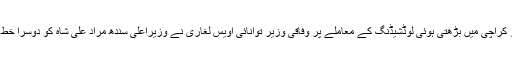
اتوار کو کراچی میں بڑھتی ہوئی لوڈشیڈنگ کے معاملے پر وفاقی وزیر توانائی اویس لغاری نے وزیراعلیٰ سندھ مراد علی شاہ کو دوسرا خط لکھ دیا۔